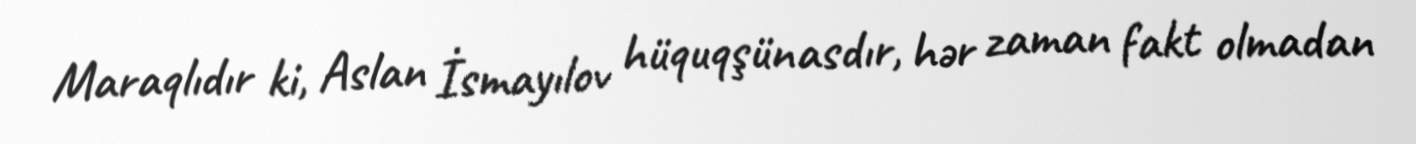
Maraqlıdır ki, Aslan İsmayılov hüquqşünasdır, hər zaman fakt olmadan